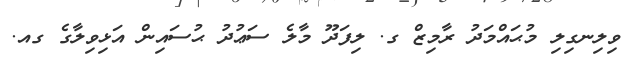
ވިލިނގިލި މުޙައްމަދު ރާމިޒް ގ. ލިފަދޫ މާލެ ސަޢުދު ޙުސައިން އަޅިވިލާގެ ގއ.